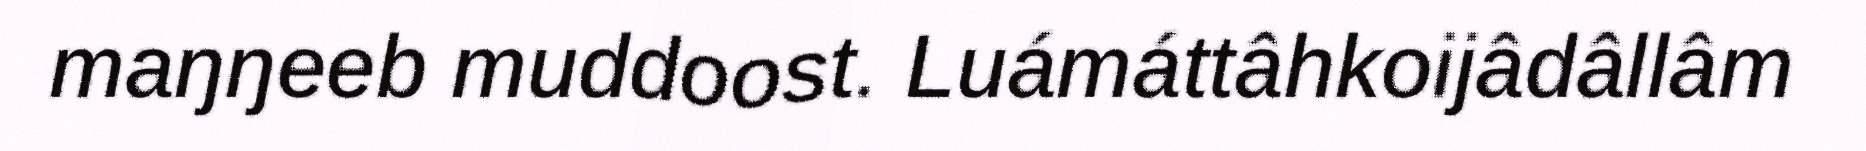
maŋŋeeb muddoost. Luámáttâhkoijâdâllâm